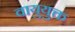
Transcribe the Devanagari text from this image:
वायुयुक्त